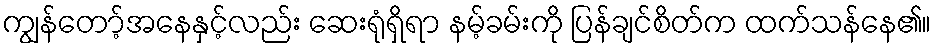
ကျွန်တော့်အနေနှင့်လည်း ဆေးရုံရှိရာ နမ့်ခမ်းကို ပြန်ချင်စိတ်က ထက်သန်နေ၏။